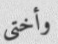
وأختي